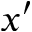
x ^ { \prime }